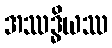
အဿဒ္ဓိယဿ